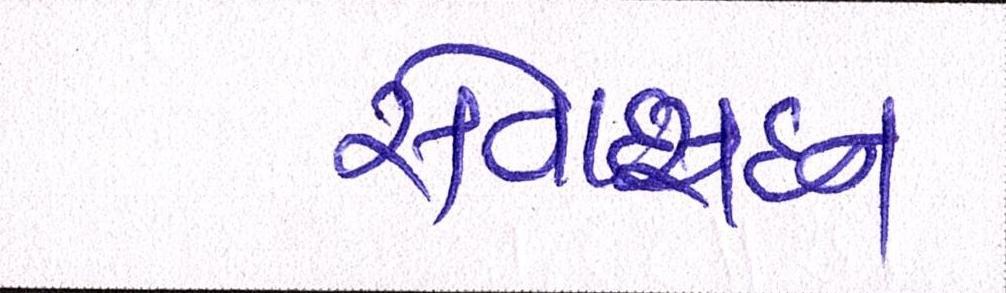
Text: સેવાસદન